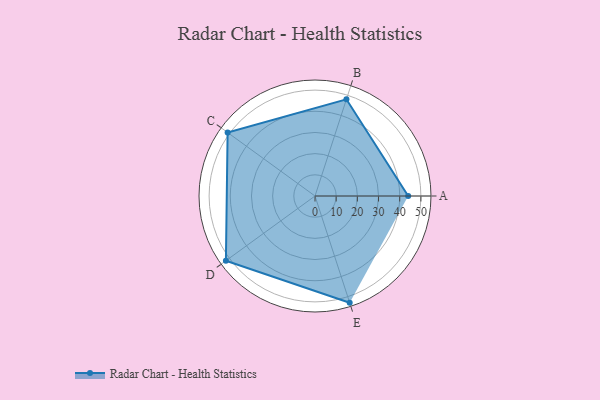
{"axis": {"x": "Skill", "y": "Score"}, "legend": ["Profile"], "data": [{"x": "A", "y": 44.0, "type": "Profile"}, {"x": "B", "y": 48.0, "type": "Profile"}, {"x": "C", "y": 51.0, "type": "Profile"}, {"x": "D", "y": 52.0, "type": "Profile"}, {"x": "E", "y": 53.0, "type": "Profile"}]}